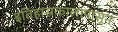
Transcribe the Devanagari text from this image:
इतिहासकालापासून